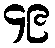
၄၉